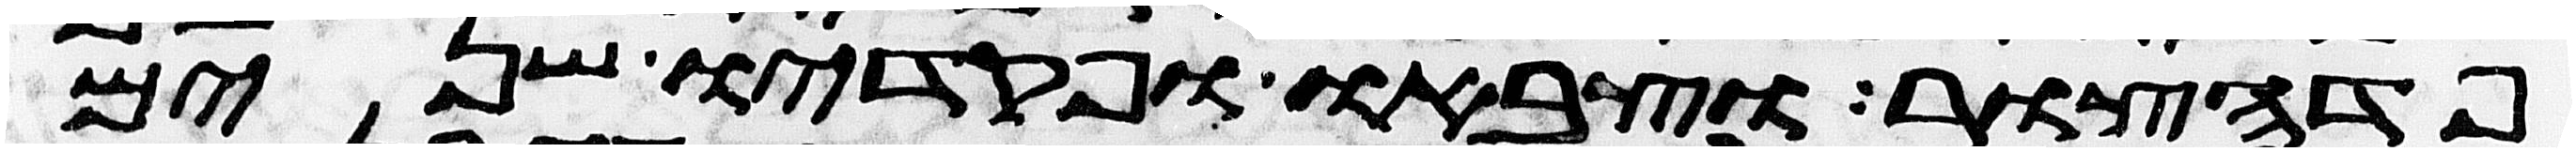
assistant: פדהצור וצבאו ופקדיו שנים